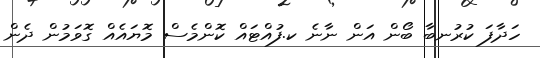
ހަދާފަ ކުރުނބާ ބޯން އަން ނާނެ ކ.ފުއްޓައް ކޮންމެސް މޮޔައެއް ގޮވަމުން ދެން